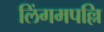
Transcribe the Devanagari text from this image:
लिंगमपल्लि